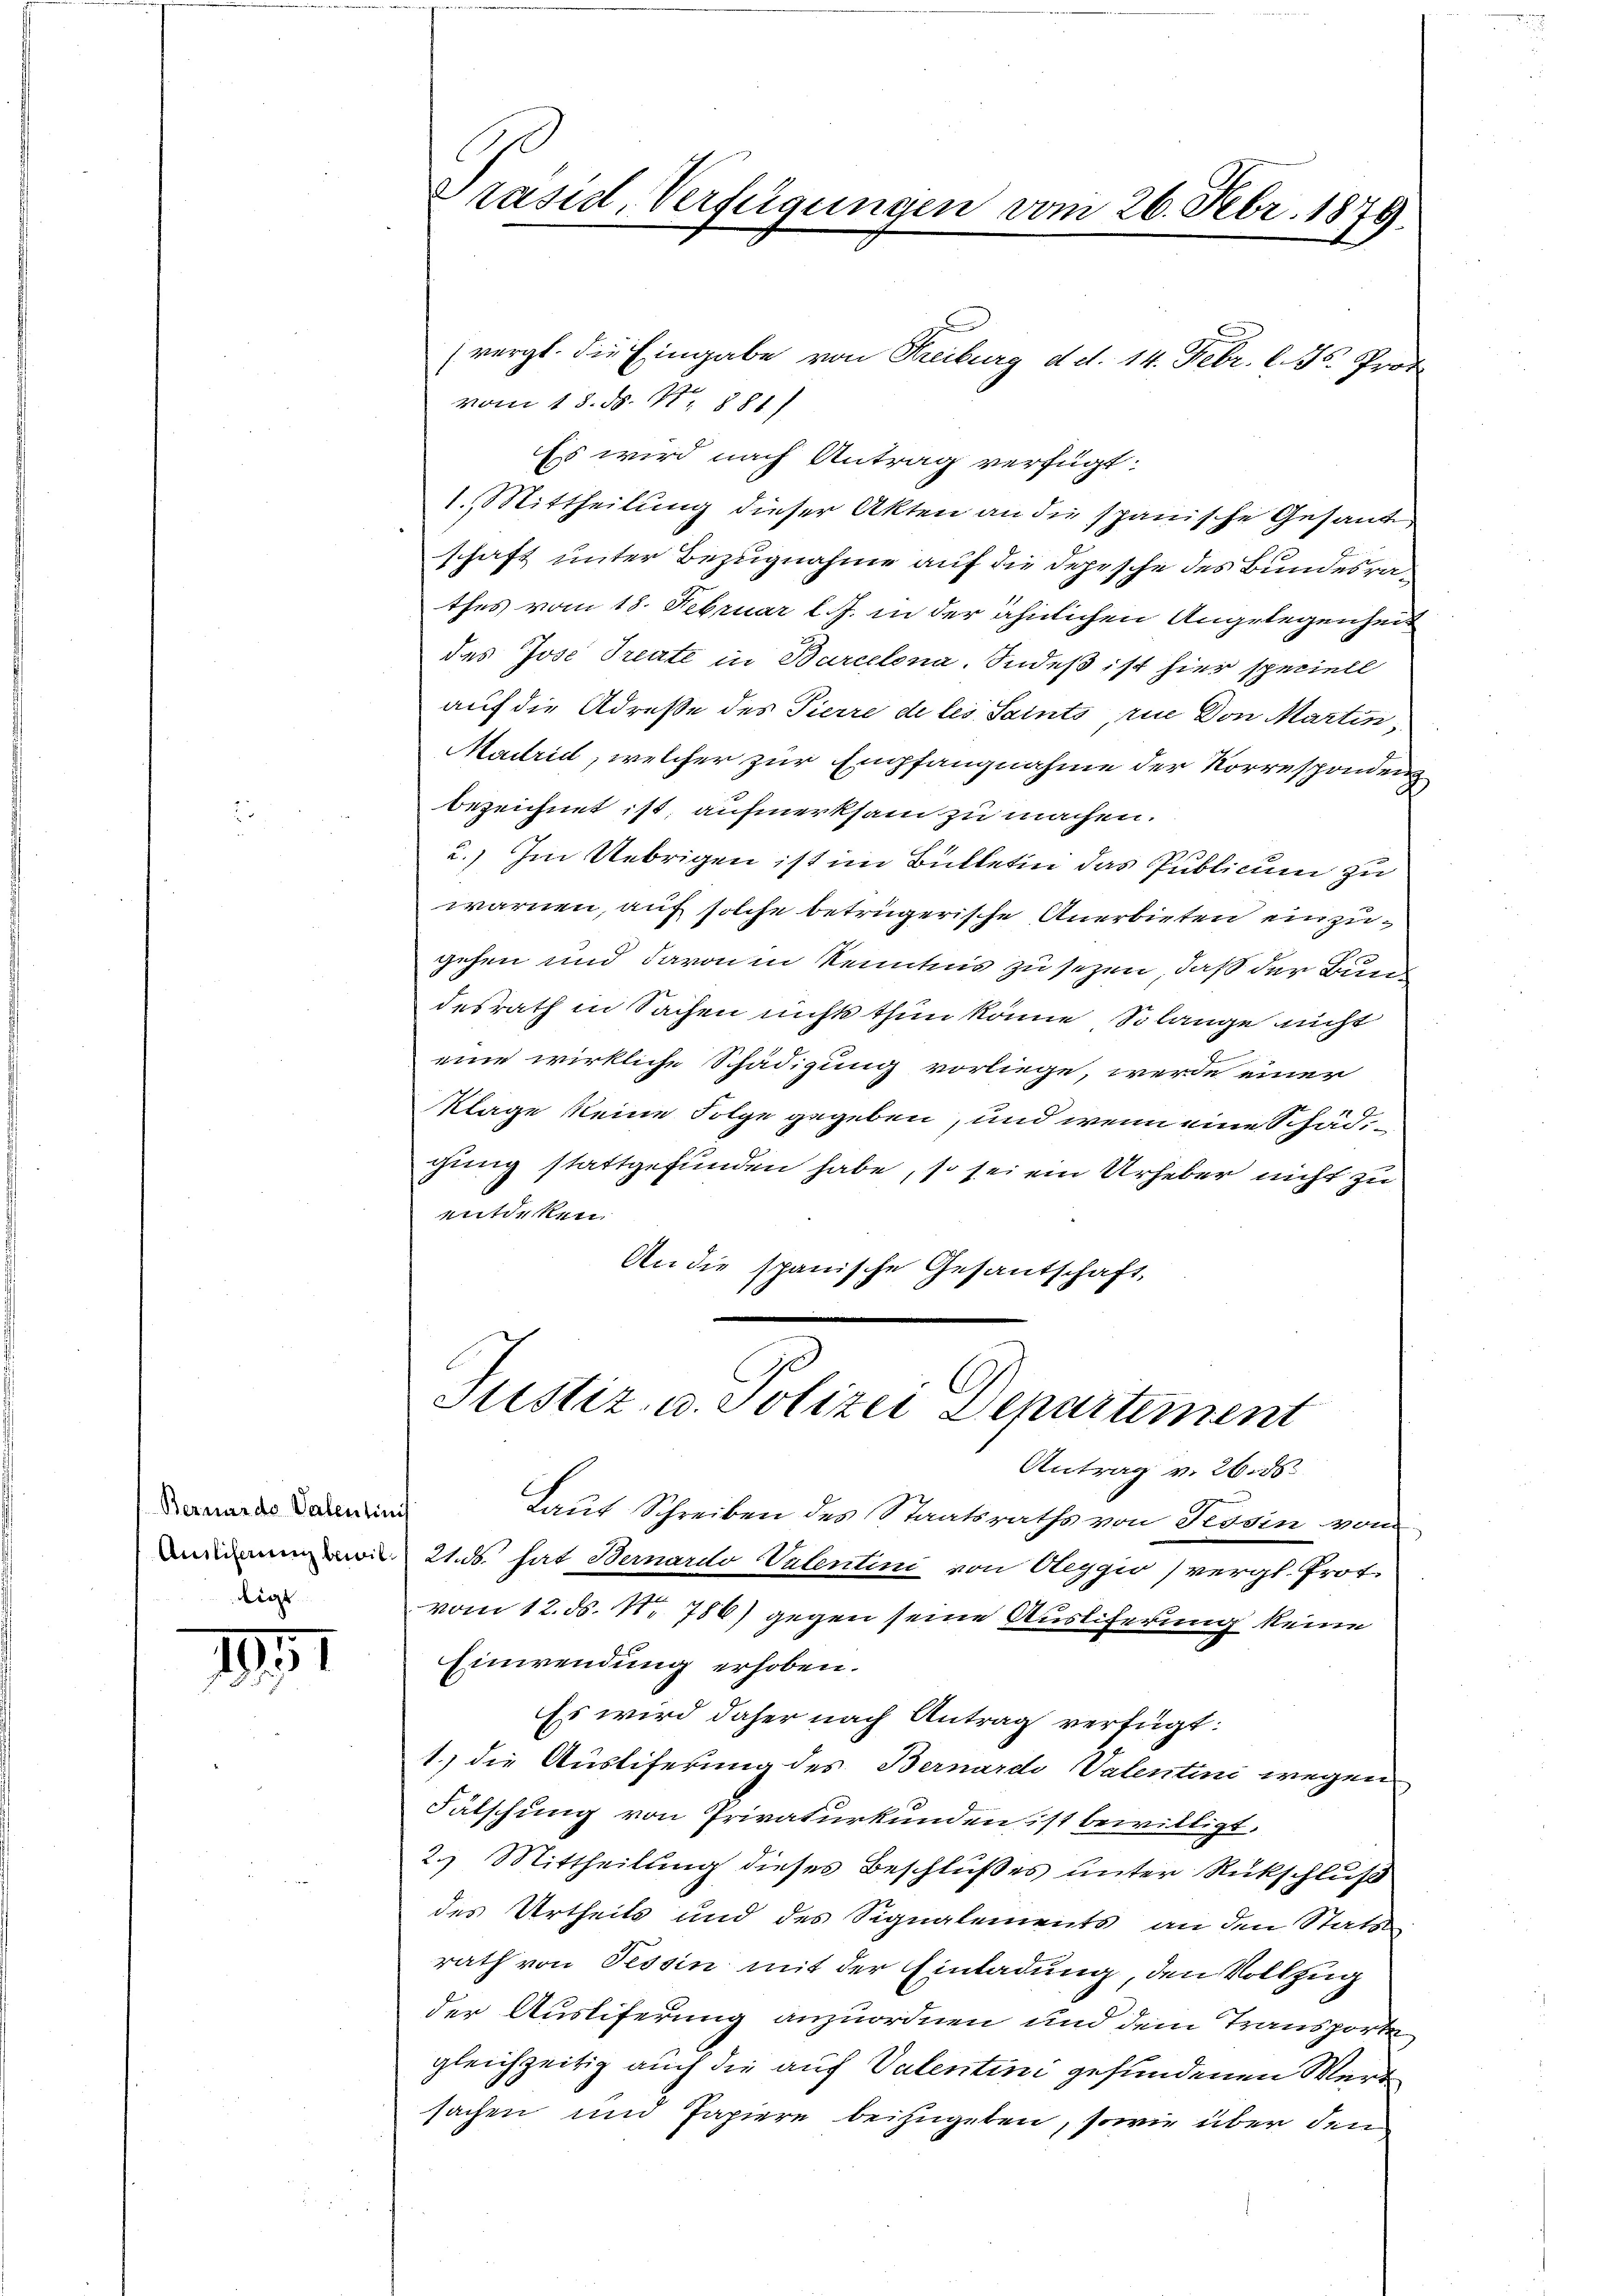
Bernardo Valentinis
ligt

1

Präsid. Verfügungen vom 26. Febr. 1879.

(vergl. die Eingabe von Freiburg d. d. 14. Febr. l. Js. Prof.
vom 18. d. 1881)
Es wird nach Antrag verfügt:
1. Mittheilung dieser Akten an die spanische Gesand
schaft unter Bezugnahme auf die Depesche des Bundesrathes vom 18. Februar l. J. in der ähnlichen Angelegenheit
des Jose Treute in Barcelona. Indeß ist hier speciell
auf die Adresse des Pierre de les Saints, rue Don Martin,
Madrid, welcher zur Empfangnahme der Korrespondenz
bezeichnet ist, aufmerksam zu machen.
u.) Im Uebrigen ist im Bulletin das Publicum zu
warnen, auf solche betrügerische Anerbieten einzugehen und davon in Kenntnis zu sezen, daß der Bund
desrath in Sachen nichts thun könne, Solange nicht
eine wirkliche Schädigung vorliege, werde einer
Klage keine Folge gegeben, und wenn eine Schädgung stattgefunden habe, so sei ein Urheber nicht zu
entdeken
An die spanische Gesandschaft
Justiz- u. Polizei Departement
Antrag v. 26. ds.
Laut Schreiben des Staatsraths von Tessin vom
m 21. ds. hat Bernardo Valentini von Oleggio (vergl. Prot.
vom 12. ds. N. 786) gegen seine Auslieferung keine
Einwendung erhoben.
Es wird daher nach Antrag verfügt:
1.) die Ausliferung des Bernardi Valentini wegen
Fälschung von Privaturkunden ist bewilligt.
2.) Mittheilung dieses Beschlußes unter Rückschluß
des Urtheils und des Signalements an den Stats
rath von Tessin mit der Einladung, den Vollzug
der Auslieferung anzuordnen und dem Transporte
gleichzeitig auch die auf Valentini gefundenen Wert
sachen und Papiere beizugeben, sowie über den